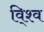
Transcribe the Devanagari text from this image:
वि्श्व